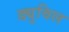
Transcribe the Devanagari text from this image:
ड्युविल